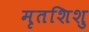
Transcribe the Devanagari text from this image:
मृतशिशु